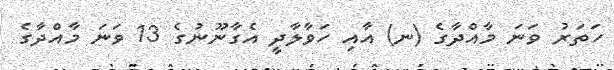
ހަތަރު ވަނަ މާއްދާގެ (ނ) އާއި ހަވާލާދީ އެގާނޫނުގެ 13 ވަނަ މާއްދާގެ